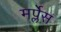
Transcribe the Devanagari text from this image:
मर्प्लेस